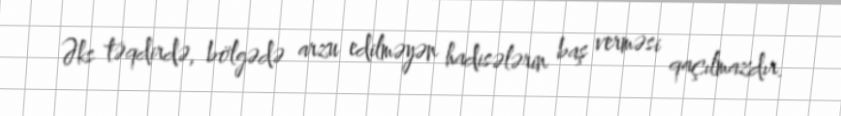
Əks təqdirdə, bölgədə arzu edilməyən hadisələrin baş verməsi qaçılmazdır.